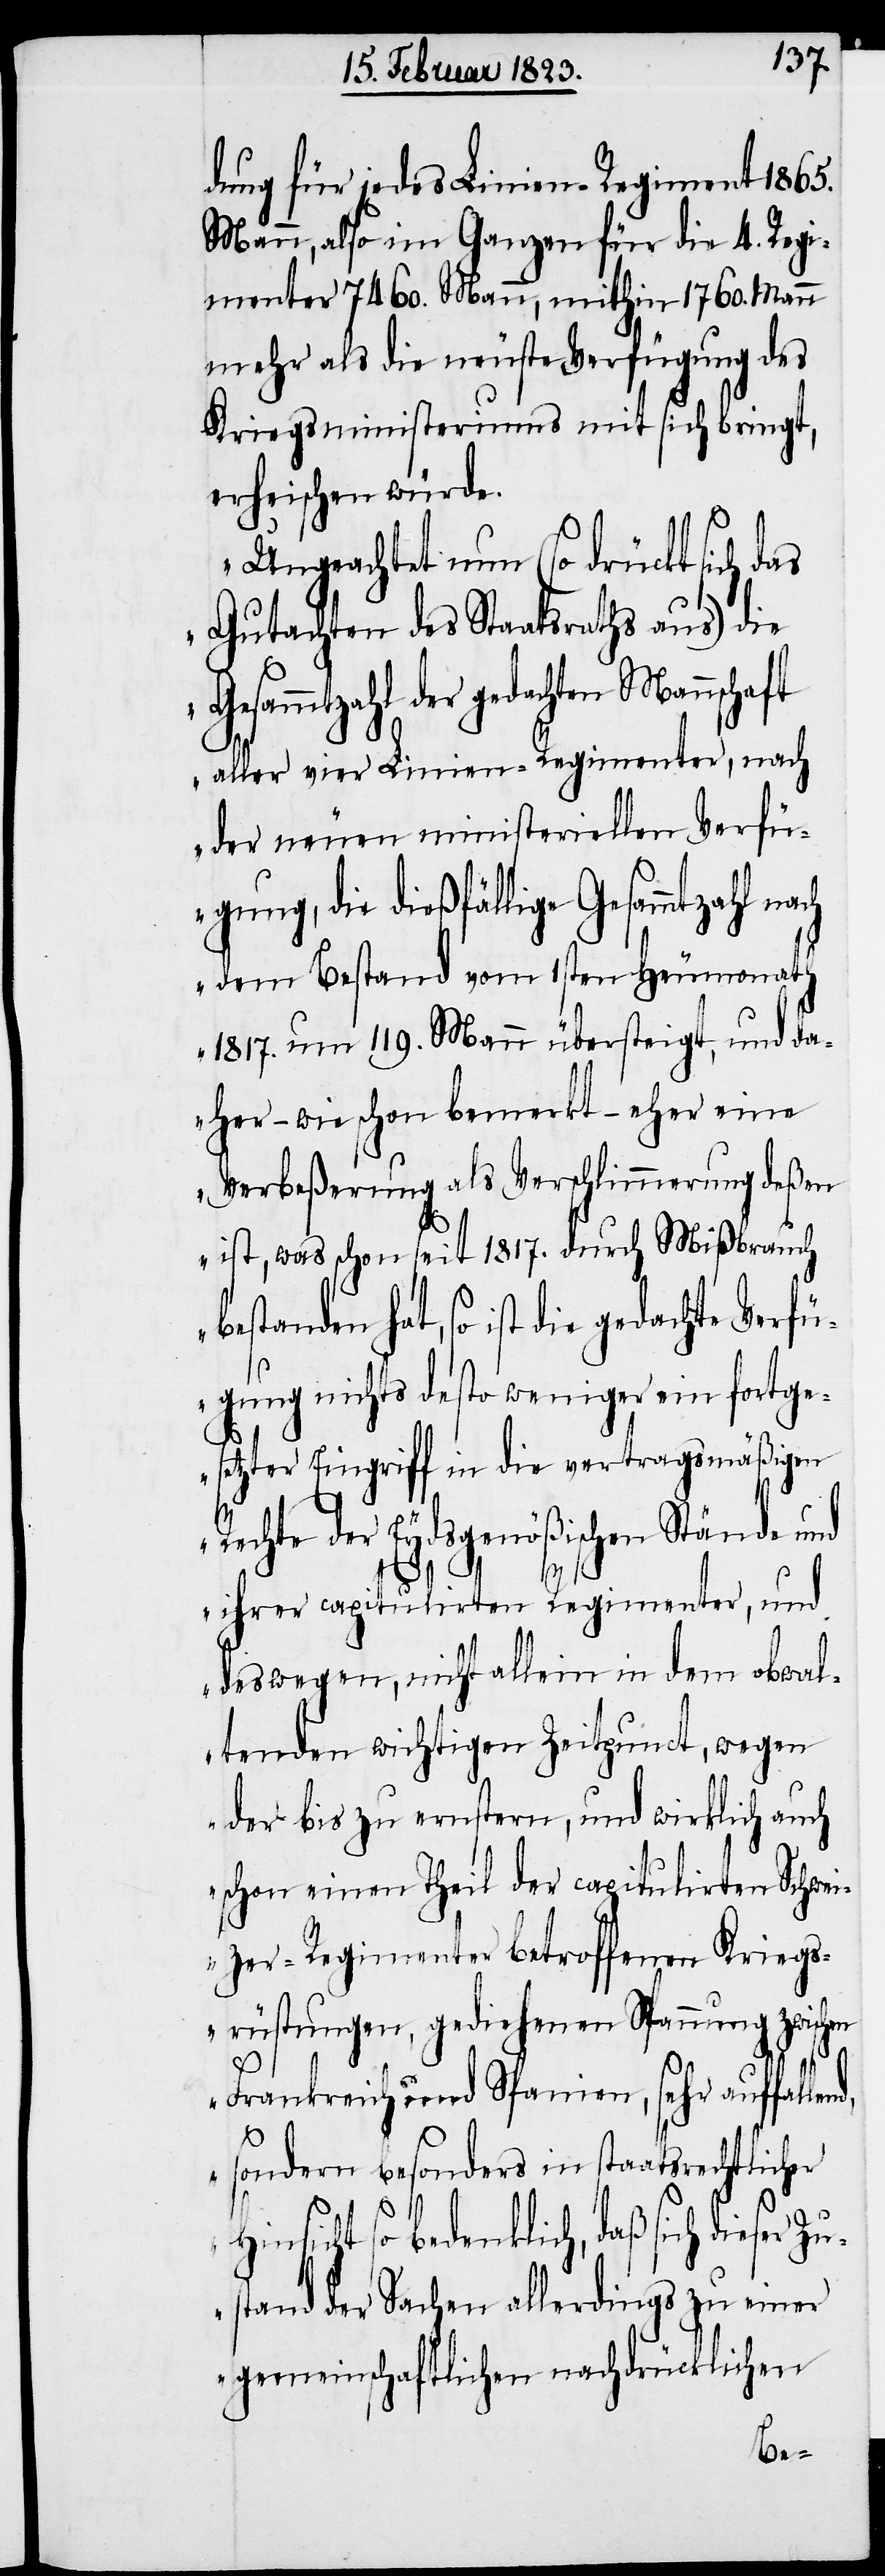
dung für jedes Linien-Regiment 1865.
Mann, also im Ganzen für die 4. Regi¬
menter 7460. Mann, mithin 1760. Mann
mehr als die neuste Verfügung des
Kriegsministeriums mit sich bringt,
erheischen würde.
„Ungeachtet nun (so drückt sich das
Gutachten des Staatsraths aus) die
gedachten Mannschaft
aller vier Linien-Regimenter, nach
der neuen ministeriellen Verfü¬
gung, die dießfällige Gesammtzahl
dem Bestand vom 1sten Heumonath
1817. um 119. Mann übersteigt, und da¬
her – wie schon bemerkt – eher eine
Verbeßerung als Verschlimmerung deßen
ist, was schon seit 1817. durch Mißbrauch
bestanden hat, so ist die gedachte Verfü¬
gung nichts desto weniger ein fortge¬
setzter Eingriff in die vertragsmäßigen
Rechte der Eydsgenößischen Stände und
H¬
ihrer capitulirten Regimenter, und
deswegen, nicht allein in dem obwal¬
tenden wichtigen Zeitpunct, wegen
der bis zu ernstern, und wirklich auch
schon einen Theil der capitulirten Schwei¬
zer-Regimenter betroffenen Kriegs¬
rüstungen, gediehenen Spannung zwisch¬
en Frankreich und Spanien, sehr auffallend,
sondern besonders in staatsrechtlicher
insicht so bedenklich, daß sich dieser Z¬
ustand der Sachen allerdings zu einer
gemeinschaftlichen nachdrücklichen